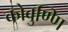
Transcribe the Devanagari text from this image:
कोवुण्णि